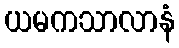
ယမကသာလာနံ